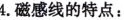
4.磁感线的特点：